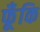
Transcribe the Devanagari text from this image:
फूँकि